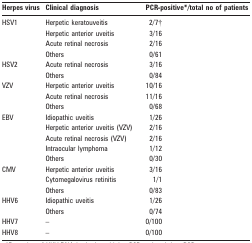
| Herpes virus | Clinical diagnosis | PCR-positive*/total no of patients |
 | --- | --- | --- |
 | HSV1 | Herpetic keratouveitis | 2/7† |
 |  | Herpetic anterior uveitis | 3/16 |
 |  | Acute retinal necrosis | 2/16 |
 |  | Others | 0/61 |
 | HSV2 | Acute retinal necrosis | 3/16 |
 |  | Others | 0/84 |
 | VZV | Herpetic anterior uveitis | 10/16 |
 |  | Acute retinal necrosis | 11/16 |
 |  | Others | 0/68 |
 | EBV | Idiopathic uveitis | 1/26 |
 |  | Herpetic anterior uveitis (VZV) | 2/16 |
 |  | Acute retinal necrosis (VZV) | 2/16 |
 |  | Intraocular lymphoma | 1/12 |
 |  | Others | 0/30 |
 | CMV | Herpetic anterior uveitis | 3/16 |
 |  | Cytomegalovirus retinitis | 1/1 |
 |  | Others | 0/83 |
 | HHV6 | Idiopathic uveitis | 1/26 |
 |  | Others | 0/74 |
 | HHV7 | – | 0/100 |
 | HHV8 | – | 0/100 |